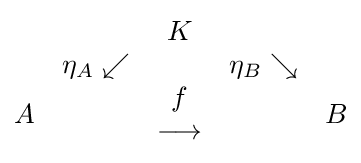
{\begin{matrix}&&K&&\\&\eta _{A}\swarrow &\,&\eta _{B}\searrow &\\A&&{\begin{matrix}f\\\longrightarrow \end{matrix}}&&B\end{matrix}}